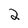
Character: 2